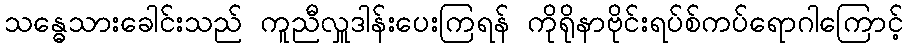
သန္ဓေသားခေါင်းသည် ကူညီလှူဒါန်းပေးကြရန် ကိုရိုနာဗိုင်းရပ်စ်ကပ်ရောဂါကြောင့်